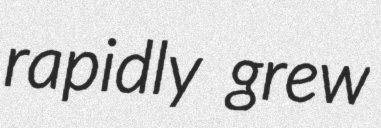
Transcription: rapidly grew